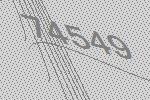
74549